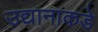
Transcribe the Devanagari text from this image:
उद्यानाकडे